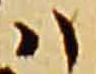
八